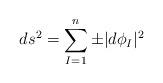
LaTeX: \begin{align*}ds^{2} = \sum_{I=1}^{n} \pm |d\phi_{I}|^{2}\end{align*}